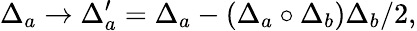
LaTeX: \Delta_{a}\rightarrow\Delta_{a}^{\prime}=\Delta_{a}-(\Delta_{a}\circ\Delta_{b})\Delta_{b}/2,